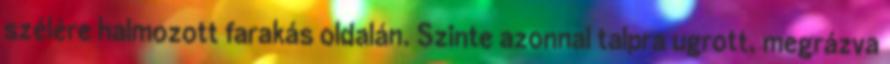
szélére halmozott farakás oldalán. Szinte azonnal talpra ugrott, megrázva